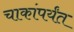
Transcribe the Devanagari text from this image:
चाकांपर्यंत